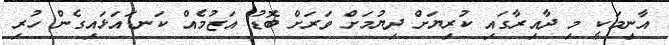
އާނިމަކީ މި ދާއިރާގައި ކުރިޔަށް ދިޔުމަށް ވަރަށް ބޮޑު އަޒުމެއް ކަނޑައަޅައިގެން ހުރި